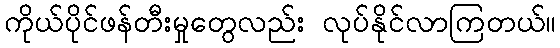
ကိုယ်ပိုင်ဖန်တီးမှုတွေလည်း လုပ်နိုင်လာကြတယ်။